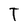
Character: T